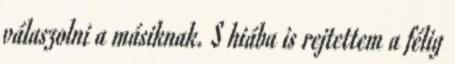
válaszolni a másiknak. S hiába is rejtettem a félig